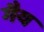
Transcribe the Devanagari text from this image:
गैय